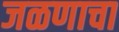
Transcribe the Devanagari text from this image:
जळणाचा